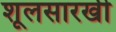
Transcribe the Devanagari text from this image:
शूलसारखी